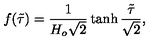
f ( \tilde { \tau } ) = \frac { 1 } { H _ { o } \sqrt { 2 } } \tanh \frac { \tilde { \tau } } { \sqrt { 2 } } ,